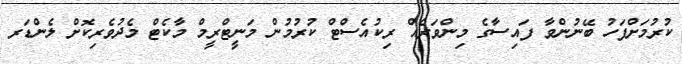
ކުރުމަށްފަހު ބޭނުންވާ ފައިސާގެ މިންވަރެއް ރިކުއެސްޓް ކުރުމުން މަނީޓްރީމް މާކެޓް މެދުވެރިކޮށް ލެންޑަރ